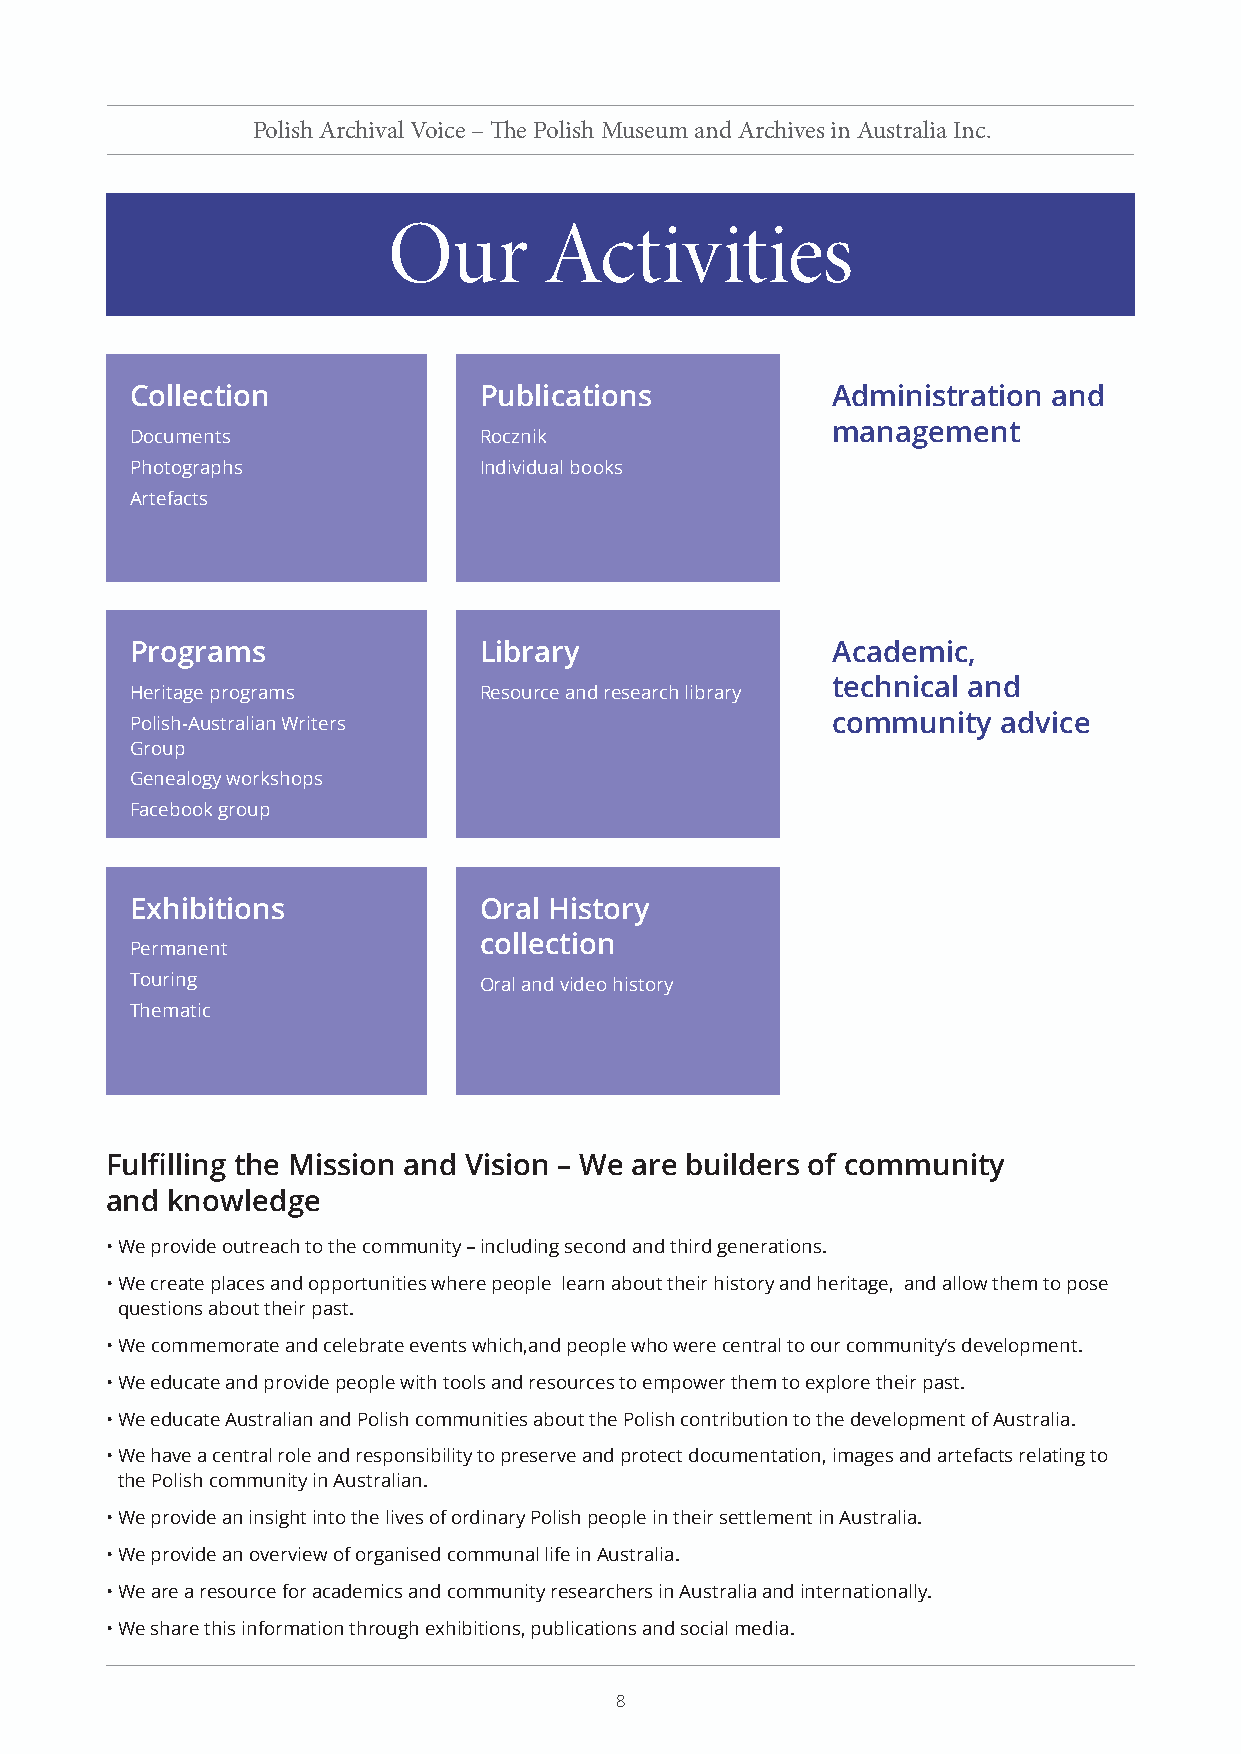
Polish Archival Voice – The Polish Museum and Archives in Australia Inc.
 Our       Activities
 Collection             Publications           Administration and
 management
 Documents              Rocznik
 Photographs            Individual books
 Artefacts
 Programs               Library                Academic,
 technical and
 Heritage programs      Resource and research library
 Polish-Australian Writers                     community  advice
 Group
 Genealogy workshops
 Facebook group
 Exhibitions            Oral History
 collection
 Permanent
 Touring                Oral and video history
 Thematic
 Fulfilling the Mission and Vision – We are builders of community
 and knowledge
 • We provide outreach to the community – including second and third generations.
 • We create places and opportunities where people learn about their history and heritage, and allow them to pose
 questions about their past.
 • We commemorate and celebrate events which,and people who were central to our community’s development.
 • We educate and provide people with tools and resources to empower them to explore their past.
 • We educate Australian and Polish communities about the Polish contribution to the development of Australia.
 • We have a central role and responsibility to preserve and protect documentation, images and artefacts relating to
 the Polish community in Australian.
 • We provide an insight into the lives of ordinary Polish people in their settlement in Australia.
 • We provide an overview of organised communal life in Australia.
 • We are a resource for academics and community researchers in Australia and internationally.
 • We share this information through exhibitions, publications and social media.
 8